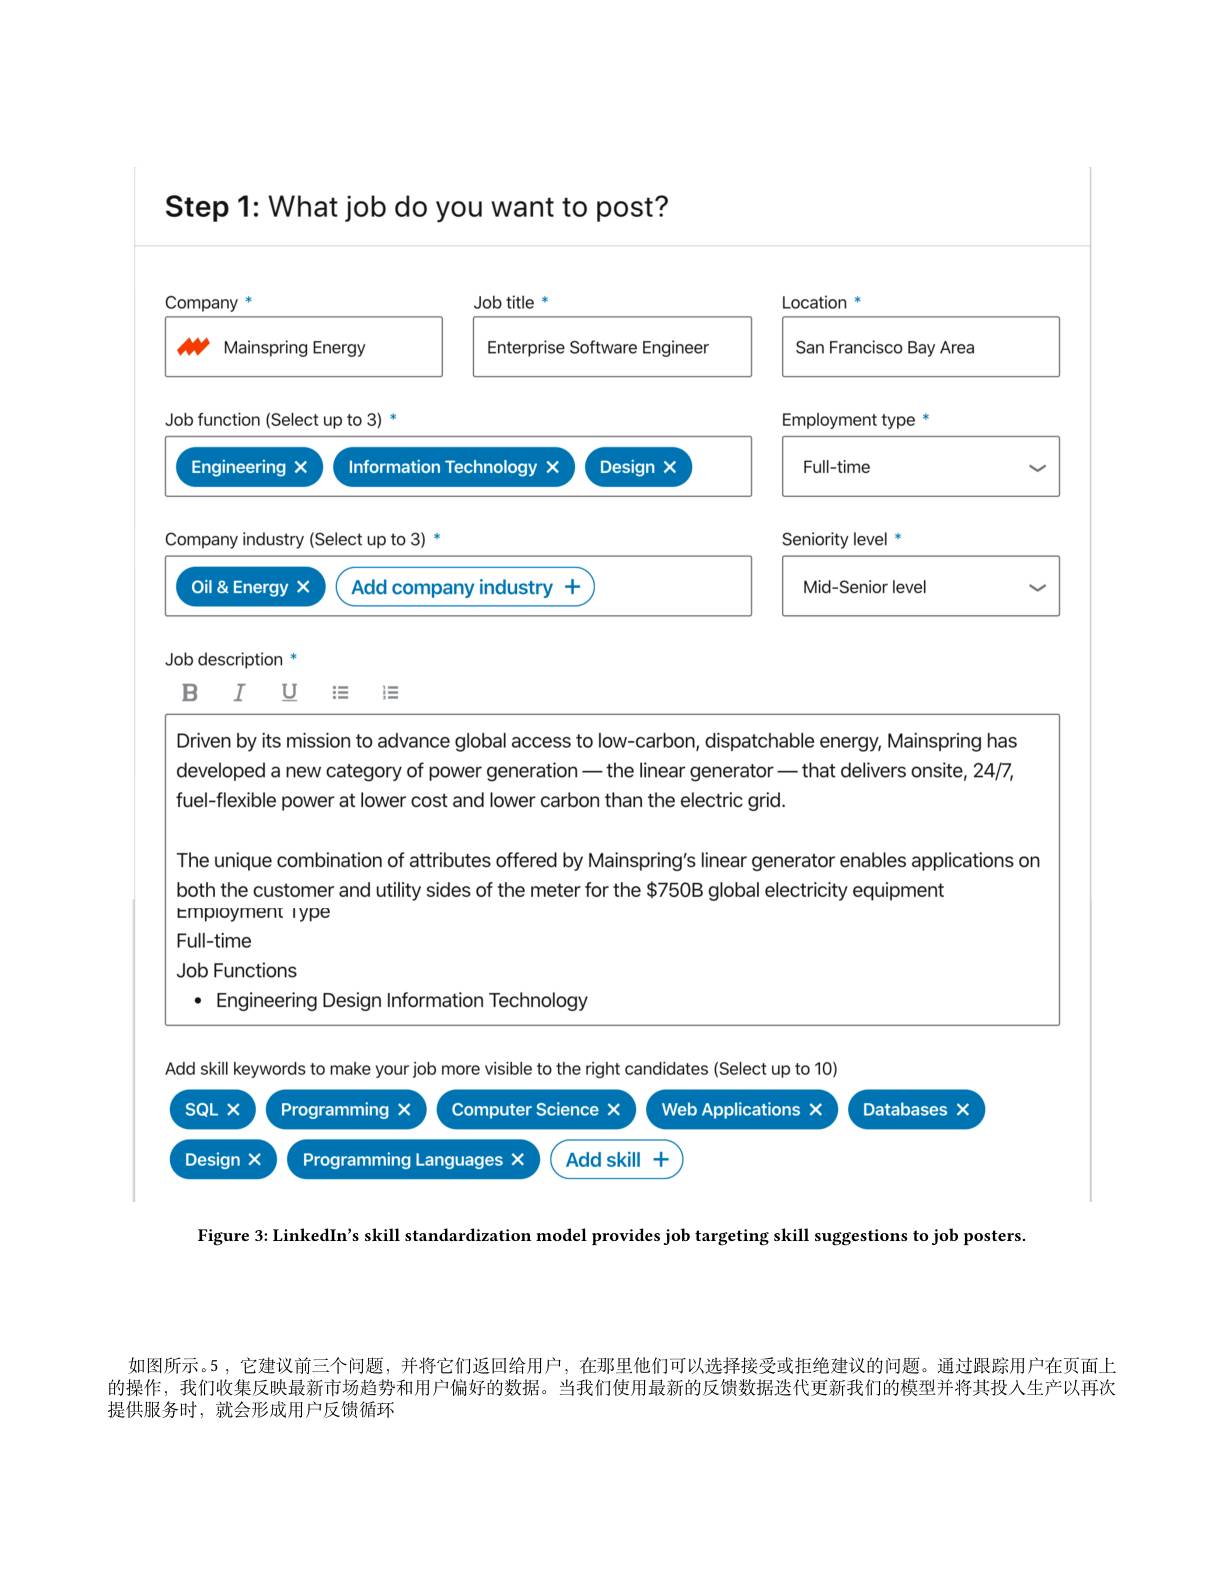
Step 1: What job do you want to post?

<FigureHere>
Driven by its mission to advance global access to low-carbon, dispatchable energy, Mainspring has

developed a new category of power generation -the linear generator\_that delivers onsite, 24/7,
fuel-flexible power at lower cost and lower carbon than the electric grid.

The unique combination of attributes offered by Mainspring's linear generator enables applications on
both the customer and utility sides of the meter for the $750B global electricity equipment
emproyment iype
Full-time

Job Functions

· Engineering Design Information Technology

<FigureHere>

Figure 3: LinkedIn's skill standardization model provides job targeting skill suggestions to job posters.

如图所示。5 ,它建议前三个问题，并将它们返回给用户，在那里他们可以选择接受或拒绝建议的问题。通过跟踪用户在页面上的操作，我们收集反映最新市场趋势和用户偏好的数据。当我们使用最新的反馈数据迭代更新我们的模型并将其投入生产以再次提供服务时，就会形成用户反馈循环